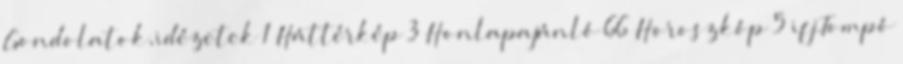
Gondolatok,idézetek 1 Háttérkép 3 Honlapajánló 66 Horoszkóp 5 ifj.Tompó